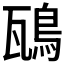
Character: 𩿺